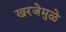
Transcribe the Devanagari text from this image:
खरजेमुळे